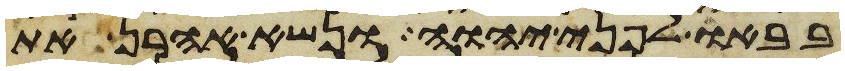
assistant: בבאו לפני יהוה ונשא אהרן את